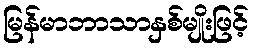
မြန်မာဘာသာနှစ်မျိုးဖြင့်